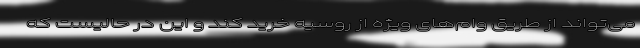
می‌تواند از طریق وام‌های ویژه از روسیه خرید کند و این در حالیست که